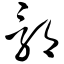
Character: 郛